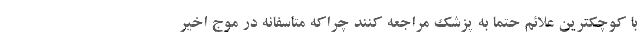
با کوچکترین علائم حتما به پزشک مراجعه کنند چراکه متاسفانه در موج اخیر